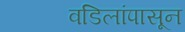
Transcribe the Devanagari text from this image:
वडिलांपासून